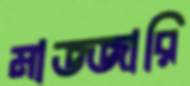
মাজ্জারি